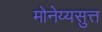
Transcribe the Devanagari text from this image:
मोनेय्यसुत्त